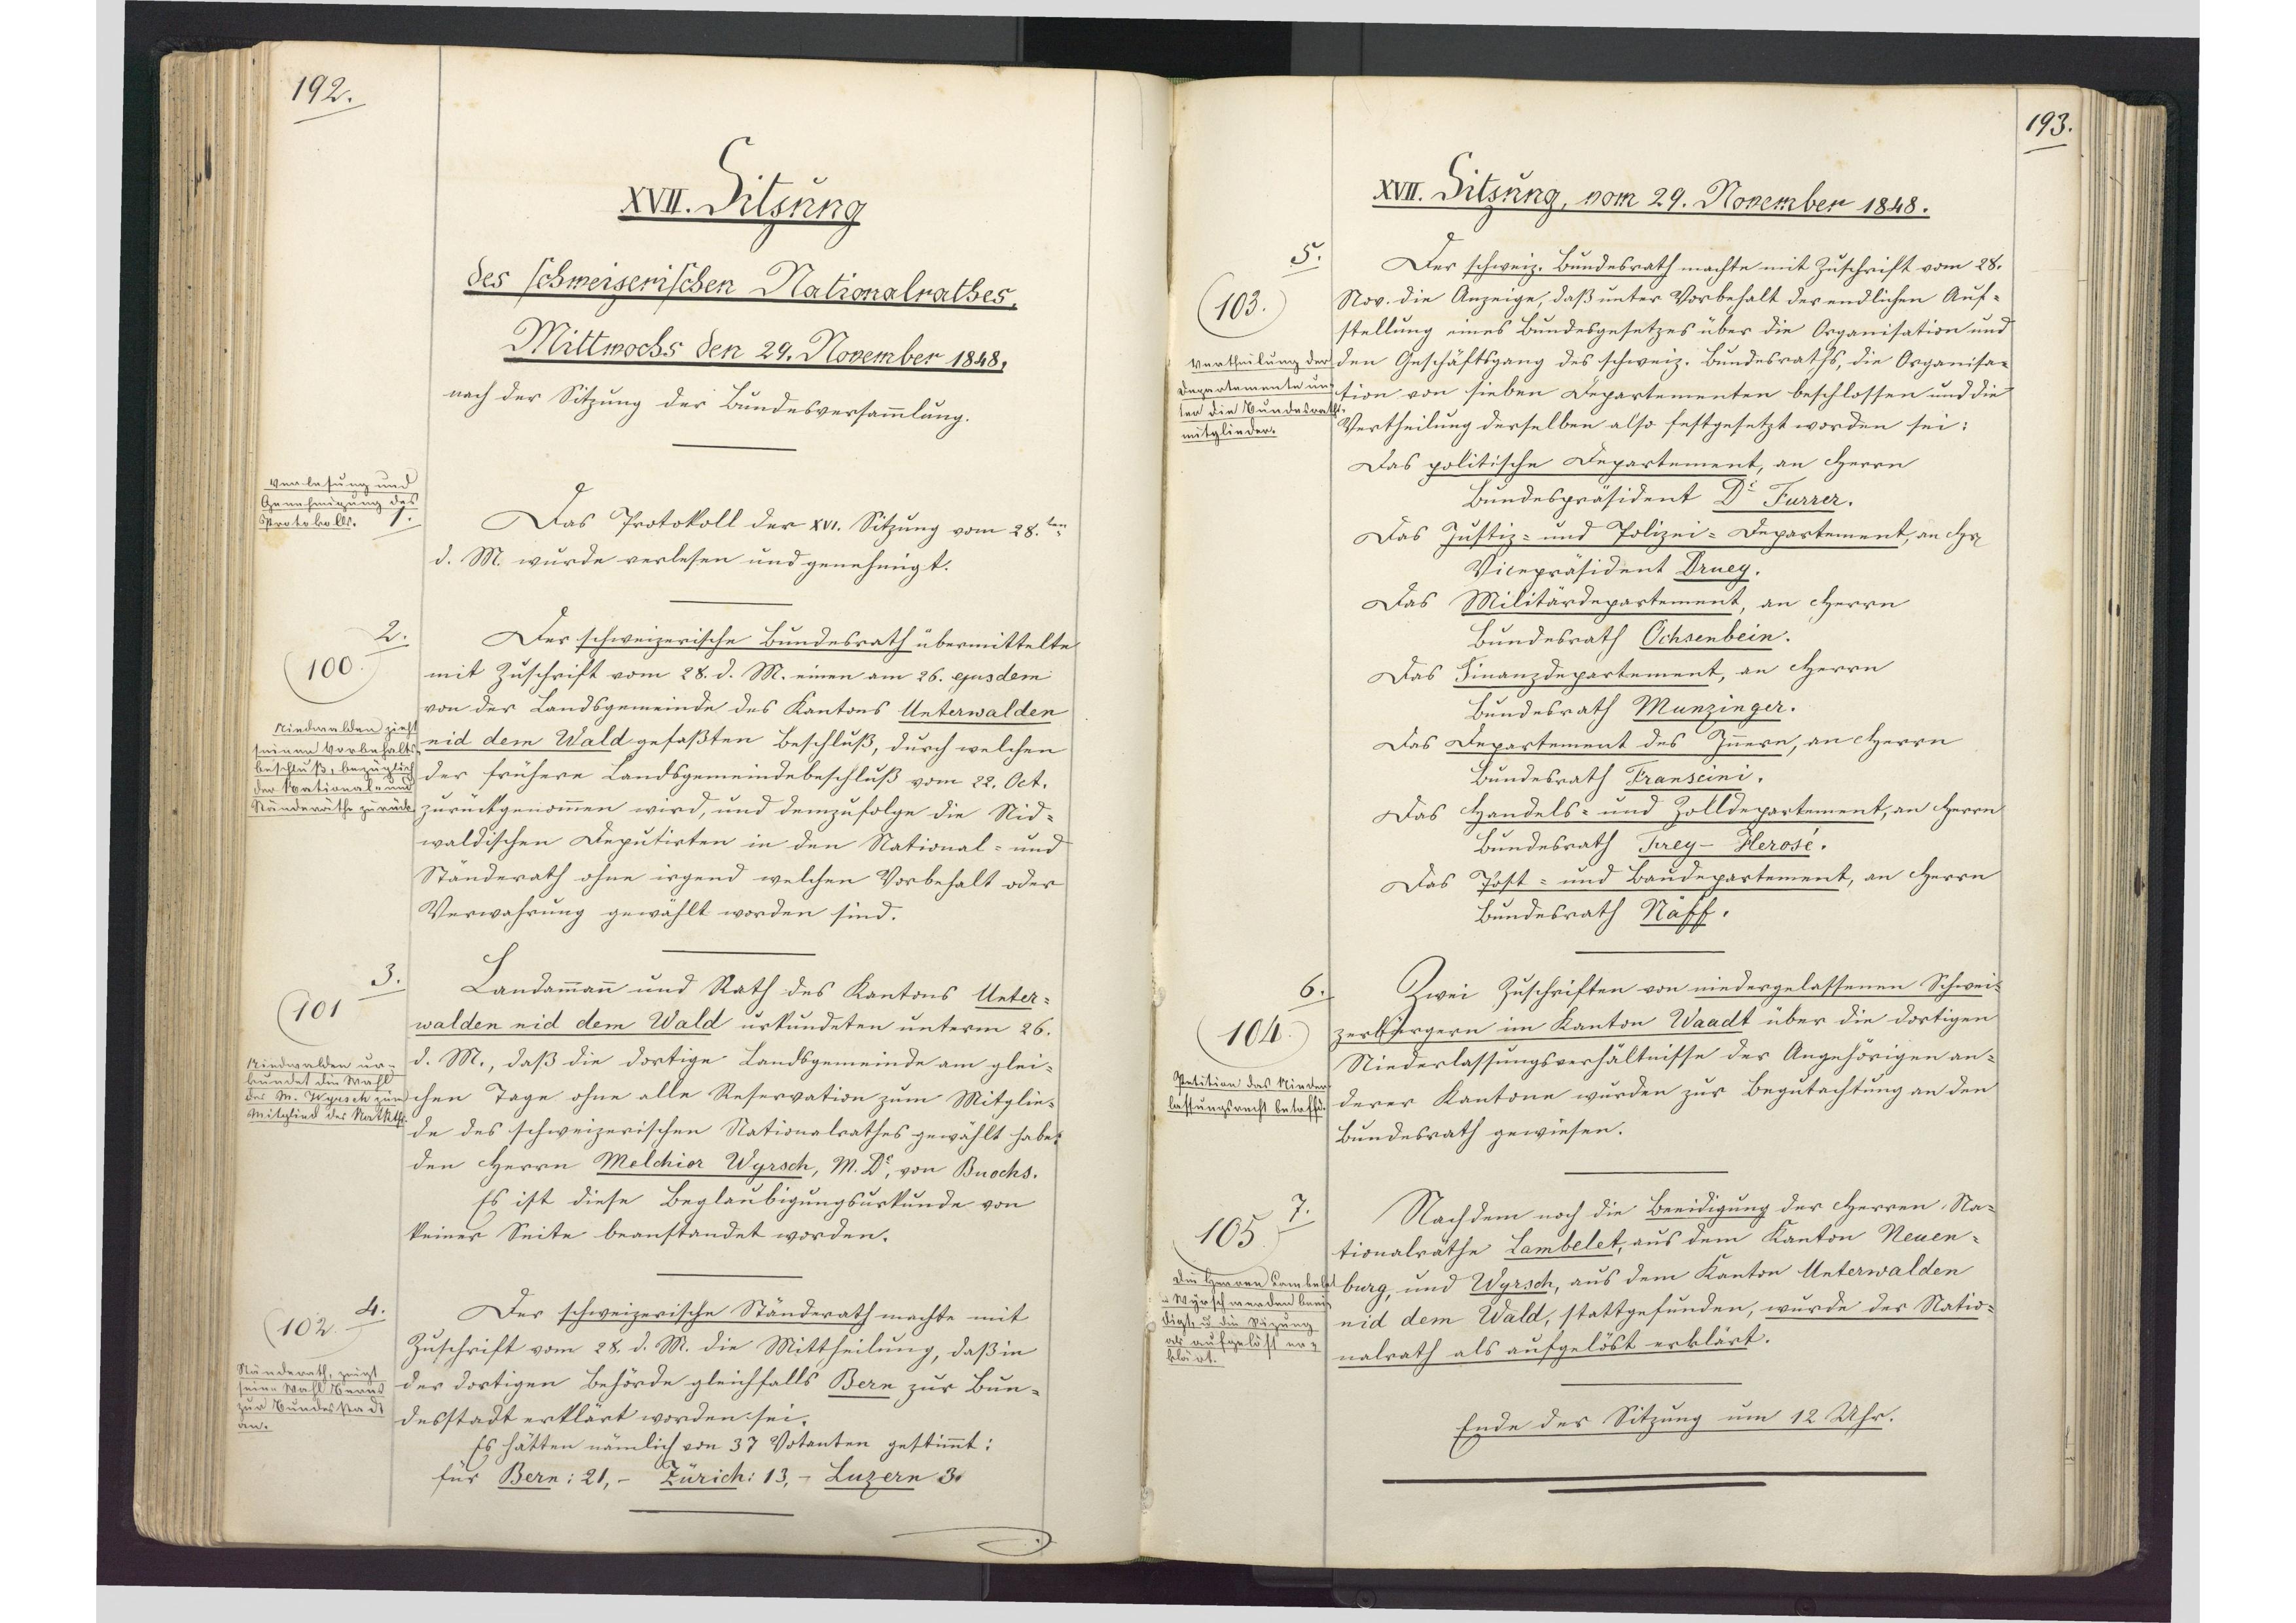
192.

XVII. Sitzung
des schweizerischen Nationalrathes.
Mittmochs den 29. November 1848.
nach der Sitzung der Bundesversammlung.

Das Protokoll der XVI. Sitzung vom 28.ten
d. M. wurde verlesen und genehmigt.
Der schweizerische Bundesrath übermittelte
mit Zuschrift vom 28. d. M. einen am 26. ejusdem
von der Landsgemeinde des Kantons Unterwalden
nid dem Wald gefaßten Beschluß, durch welchen
der frühere Landsgemeindebeschluß vom 22. Oct.
zurückgenommen wird, und demzufolge die Nid¬
waldischen Deputirten in den National- und
Ständerath ohne irgend welchen Vorbehalt oder
Verwahrung gewählt worden sind.
Landammann und Rath des Kantons Unter¬
walden nid dem Wald urkundeten unterm 26.
d. M., daß die dortige Landsgemeinde am glei¬
chen Tage ohne alle Reservation zum Mitglie¬
de des schweizerischen Nationalrathes gewählt habe.
den Herrn Melchior Wyrsch, M. Dr., von Buochs.
Es ist diese Beglaubigungsurkunde von
keiner Seite beanstandet worden.
Der schweizerische Ständerath machte mit
Zuschrift vom 28. d. M. die Mittheilung, daß in
der dortigen Behörde gleichfalls Bern zur Bun¬
desstadt erklärt worden sei.
Es hätten nämlich von 37 Votanten gestimmt:
für Bern: 21, - Zürich: 13, - Luzern 3.

1.
Verlesung und
Genehmigung des
Protokolls.

2.
100.
Niedwalden zieht
seinen Vorbehalts¬
beschluß, bezüglich
der National- und
Ständeräthe zurück.

3.
101
Niedwalden ur¬
kundet die Wahl
des M. Wyrsch zum
Mitglied des Nat.Rths.

4.
102
Ständerath, zeigt
seine Wahl Berns
zur Bundesstadt
an.

193.

XVII. Sitzung, vom 29. November 1848.

Der schweiz. Bundesrath machte mit Zuschrift vom 28.
Nov. die Anzeige, daß unter Vorbehalt der endlichen Auf¬
stellung eines Bundesgesetzes über die Organisation und
den Geschäftsgang des schweiz. Bundesraths, die Organisa¬
tion von sieben Departementen beschlossen und die
Vertheilung derselben also festgesetzt worden sei:
Das politische Departement, an Herrn
Bundespräsident Dr. Furrer.
Das Justiz- und Polizei-Departement, an Herrn
Vicepräsident Druey.
Das Militärdepartement, an Herrn
Bundesrath Ochsenbein.
Das Finanzdepartement, an Herrn
Bundesrath Munzinger.
Das Departement des Innern, an Herrn
Bundesrath Franscini.
Das Handels- und Zolldepartement, an Herrn
Bundesrath Frey-Herosé.
Das Post- und Baudepartement, an Herrn
Bundesrath Näff.
Zwei Zuschriften von niedergelassenen Schwei¬
zerbürgern im Kanton Waadt über die dortigen
Niederlassungsverhältnisse der Angehörigen an¬
derer Kantone wurden zur Begutachtung an den
Bundesrath gewiesen.
Nachdem noch die Beeidigung der Herren Na¬
tionalräthe Lambelet, aus dem Kanton Neuen¬
burg, und Wyrsch, aus dem Kanton Unterwalden
nid dem Wald, stattgefunden, wurde der Natio¬
nalrath als aufgelöst erklärt.
Ende der Sitzung um 12 Uhr.

5.
103
Vertheilung der
Departemente un¬
ter die Bundesraths¬
mitglieder.

6.
104
Petition das Nieder¬
lassungsrecht betreffend.

7.
105
Die Herren Lambelet
und Wyrsch werden beei¬
digt, und die Sizung
als aufgelöst er¬
klärt.